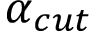
\alpha _ { c u t }